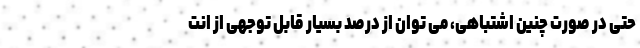
حتی در صورت چنین اشتباهی، می توان از درصد بسیار قابل توجهی از انت